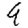
Digit: 9